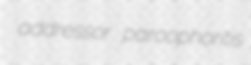
addressor paroophoritis